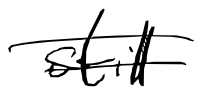
Text: still
Cross-out: double-line
Writing tool: digital_black